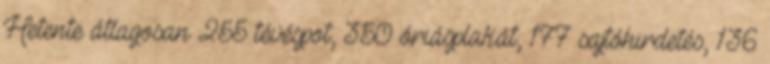
Hetente átlagosan 255 tévéspot, 350 óriásplakát, 177 sajtóhirdetés, 136